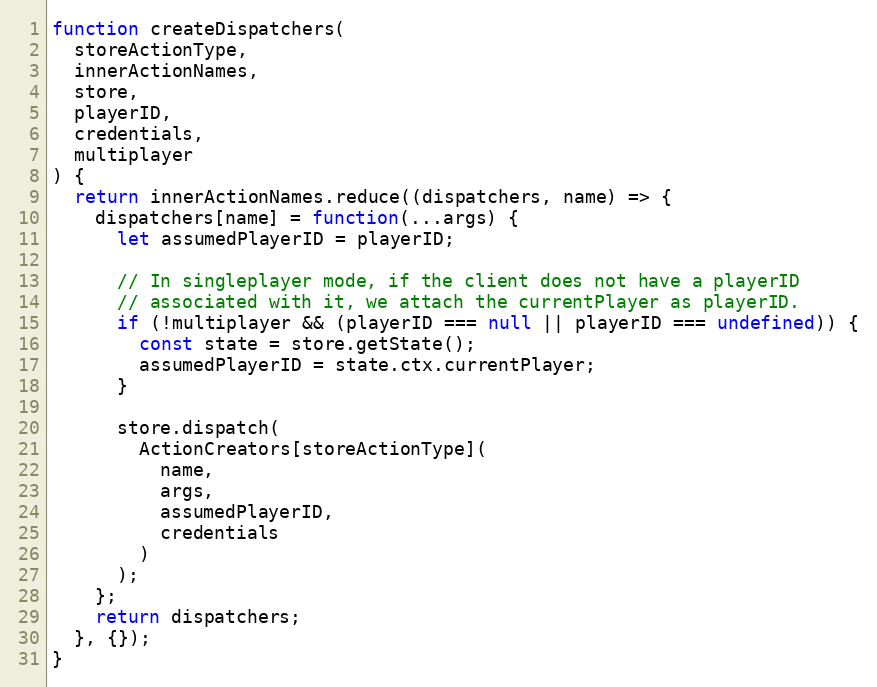
Language: JavaScript
function createDispatchers(
  storeActionType,
  innerActionNames,
  store,
  playerID,
  credentials,
  multiplayer
) {
  return innerActionNames.reduce((dispatchers, name) => {
    dispatchers[name] = function(...args) {
      let assumedPlayerID = playerID;

      // In singleplayer mode, if the client does not have a playerID
      // associated with it, we attach the currentPlayer as playerID.
      if (!multiplayer && (playerID === null || playerID === undefined)) {
        const state = store.getState();
        assumedPlayerID = state.ctx.currentPlayer;
      }

      store.dispatch(
        ActionCreators[storeActionType](
          name,
          args,
          assumedPlayerID,
          credentials
        )
      );
    };
    return dispatchers;
  }, {});
}